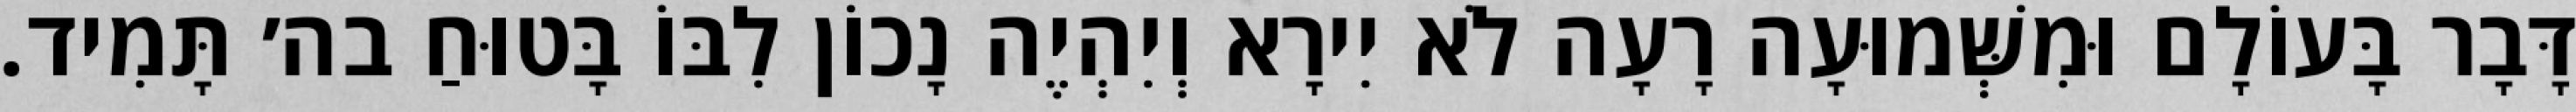
דָּבָר בָּעוֹלָם וּמִשְּׁמוּעָה רָעָה לֹא יִירָא וְיִהְיֶה נָכוֹן לִבּוֹ בָּטוּחַ בה׳ תָּמִיד.